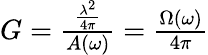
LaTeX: \begin{array}{r}{G=\frac{\frac{\lambda^{2}}{4\pi}}{A(\omega)}=\frac{\Omega(\omega)}{4\pi}}\end{array}